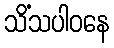
သိံသပါဝနေ